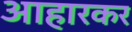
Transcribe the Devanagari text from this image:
आहारकर